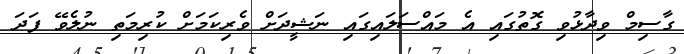
ގާސިމް ވިދާޅުވި ގޮތުގައި އެ މައްސަލައިގައި ނަޝީދަށް ވެރިކަމަށް ކުރިމަތި ނުލެވޭ ފަދަ